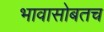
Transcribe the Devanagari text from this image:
भावासोबतच